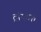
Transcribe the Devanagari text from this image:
ट्रॉयम्फ़